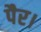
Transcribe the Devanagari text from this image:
पैर।